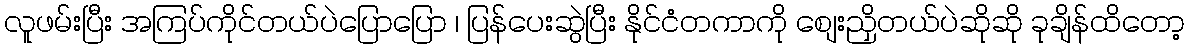
လူဖမ်းပြီး အကြပ်ကိုင်တယ်ပဲပြောပြော ၊ ပြန်ပေးဆွဲပြီး နိုင်ငံတကာကို စျေးညှိတယ်ပဲဆိုဆို ခုချိန်ထိတော့